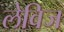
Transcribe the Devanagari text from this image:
लेविज